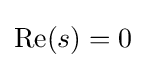
{\textstyle \operatorname {Re} (s)=0}